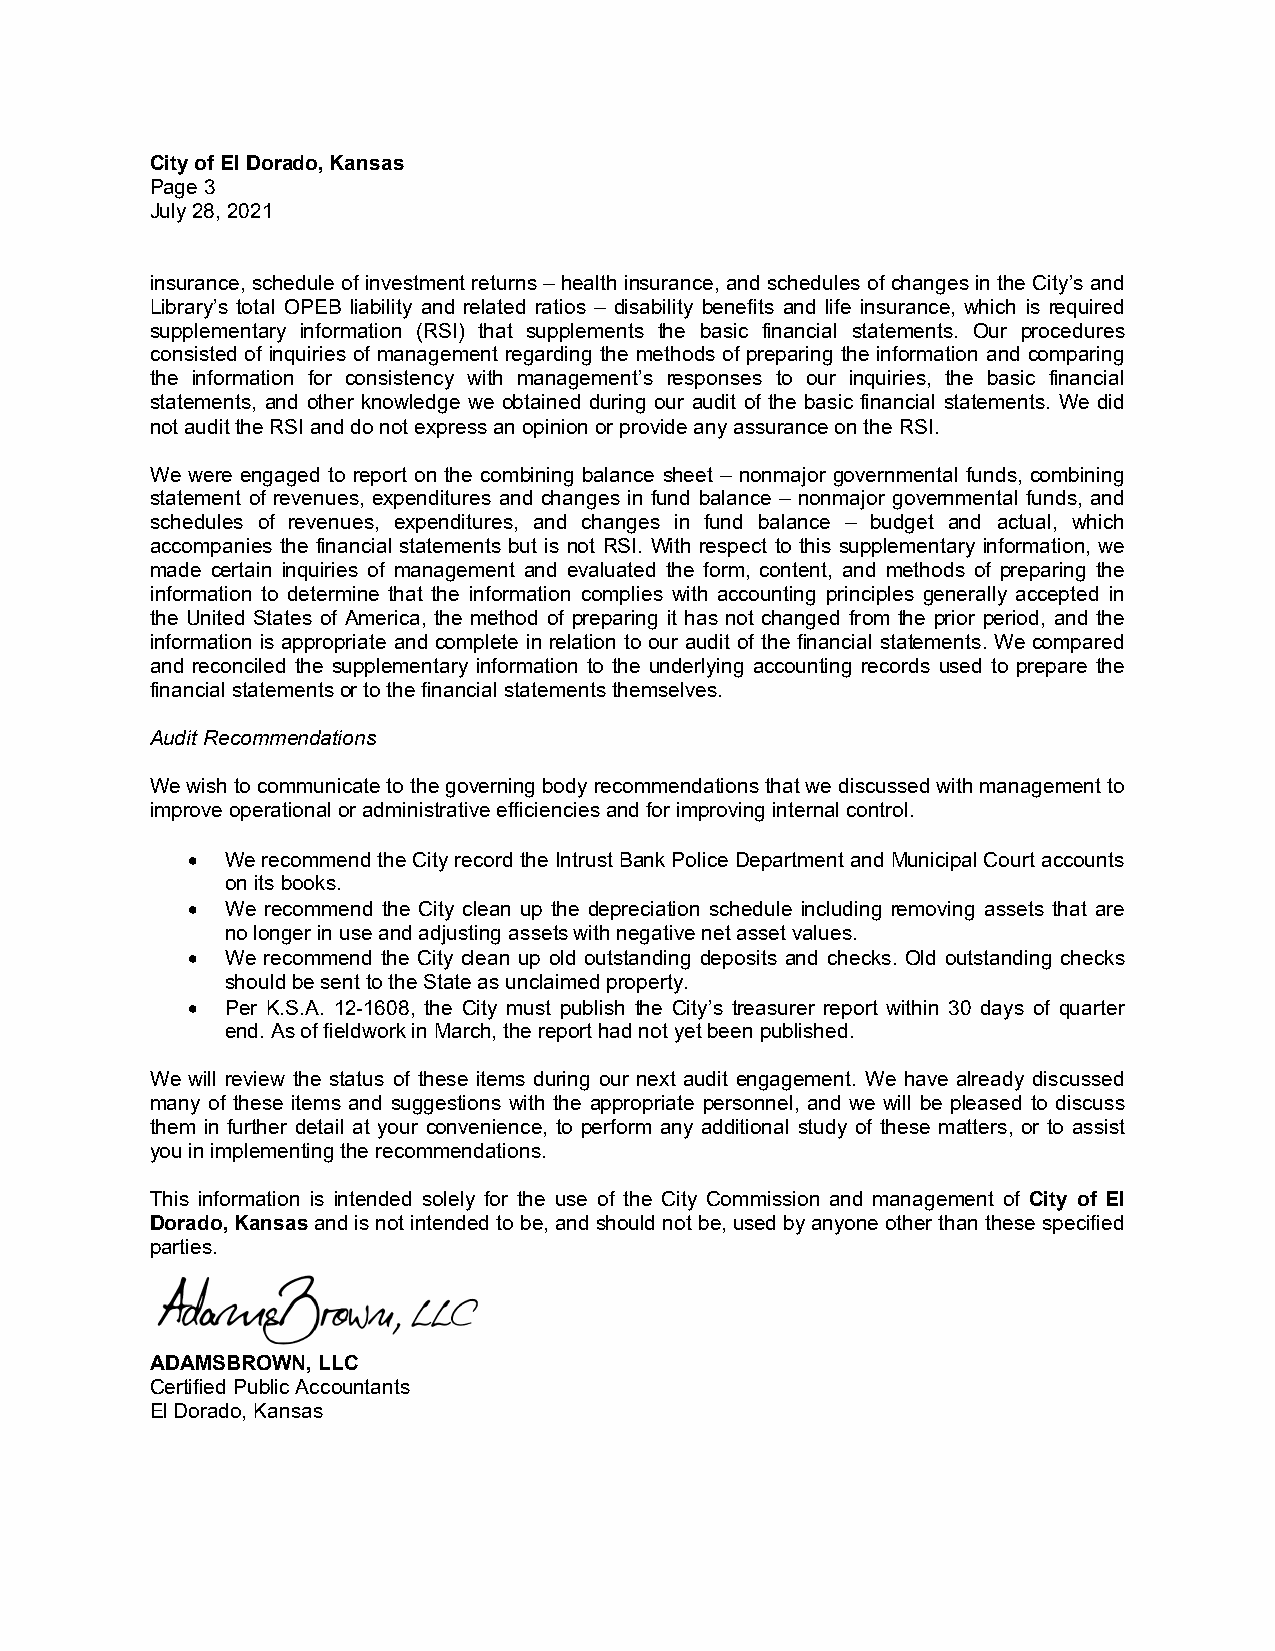
City of El Dorado, Kansas
 Page 3
 July 28, 2021
 insurance, schedule of investment returns –health insurance, and schedules of changes in the City’s and
 Library’s total OPEB liability and related ratios – disability benefits and life insurance, which is required
 supplementary information (RSI) that supplements the basic financial statements. Our procedures
 consisted of inquiries of management regarding the methods of preparing the information and comparing
 the information for consistency with management’s responses to our inquiries, the basic financial
 statements, and other knowledge we obtained during our audit of the basic financial statements. We did
 not auditthe RSI and do not express an opinion or provide any assurance on the RSI.
 We were engaged to report on the combining balance sheet – nonmajor governmental funds, combining
 statement of revenues, expenditures and changes in fund balance – nonmajor governmental funds, and
 schedules of revenues, expenditures, and changes in fund balance – budget and actual, which
 accompanies the financial statements but is not RSI. With respect to this supplementary information, we
 made certain inquiries of management and evaluated the form, content, and methods of preparing the
 information to determine that the information complies with accounting principles generally accepted in
 the United States of America, the method of preparing it has not changed from the prior period, and the
 information is appropriate and complete in relation to our audit of the financial statements. We compared
 and reconciled the supplementary information to the underlying accounting records used to prepare the
 financial statementsor to the financial statementsthemselves.
 Audit Recommendations
 We wish to communicate to thegoverning bodyrecommendations that we discussed with management to
 improve operational or administrative efficiencies and for improving internal control.
   We recommend the City recordthe Intrust Bank Police Department and Municipal Court accounts
 on itsbooks.
   We recommend the City clean up the depreciation schedule including removing assets that are
 no longer in use and adjusting assets with negative net asset values.
   We recommend the City clean up old outstanding deposits and checks. Old outstanding checks
 shouldbe sent to the State as unclaimed property.
   Per K.S.A. 12-1608, the City must publish the City’s treasurer report within 30 days of quarter
 end. As of fieldwork in March, the report had not yet been published.
 We will review the status of these items during our next audit engagement. We have already discussed
 many of these items and suggestions with the appropriate personnel, and we will be pleased to discuss
 them in further detail at your convenience, to perform any additional study of these matters, or to assist
 you in implementing the recommendations.
 This information is intended solely for the use of the City Commission and management of City of El
 Dorado,Kansasand is not intended to be,andshould not be,used by anyone other than these specified
 parties.
 ADAMSBROWN, LLC
 Certified Public Accountants
 El Dorado, Kansas